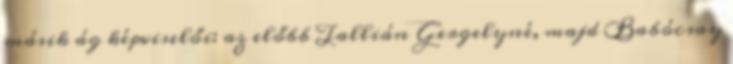
másik ág képviselői: az előbb Tallián Gergelyné, majd Babócsay